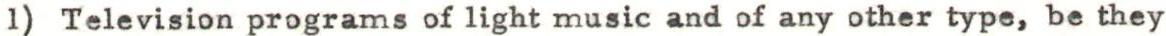
1) Television programs of light music and of any other type, be they